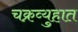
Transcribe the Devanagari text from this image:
चक्रव्युहात